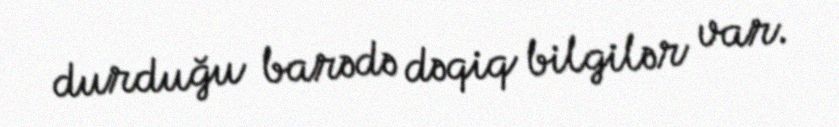
durduğu barədə dəqiq bilgilər var.